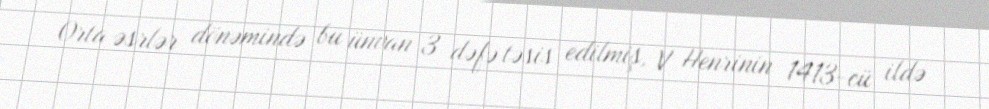
Orta əsrlər dönəmində bu ünvan 3 dəfə təsis edilmiş, V Henrinin 1413-cü ildə